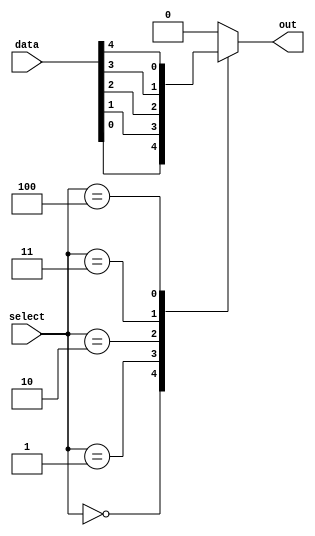
module mux_64_to_1 (
    input [63:0] data,
    input [5:0] select,
    output reg out
);

always @(*)
begin
    case(select)
        6'b000000: out = data[0];
        6'b000001: out = data[1];
        6'b000010: out = data[2];
        6'b000011: out = data[3];
        6'b000100: out = data[4];
        //continue with the remaining cases
        default: out = 1'b0; //default case if select signal is invalid
    endcase
end

endmodule